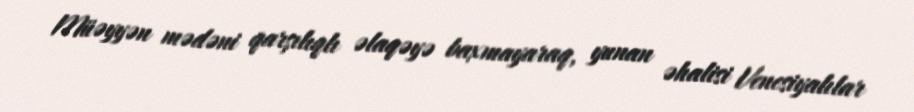
Müəyyən mədəni qarşılıqlı əlaqəyə baxmayaraq, yunan əhalisi Venesiyalılar